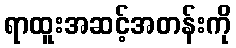
ရာထူးအဆင့်အတန်းကို